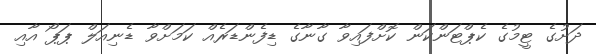
ދަށުގެ ޓީމުގެ ކެޕްޓަންކަން ކޮށްފައިވާ ގާނާގެ ޑިފެންޑަރެއް ކަމަށްވާ ޑެނިއަލް ޕަޕޯ އާއި